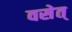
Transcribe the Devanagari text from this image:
वसेत्